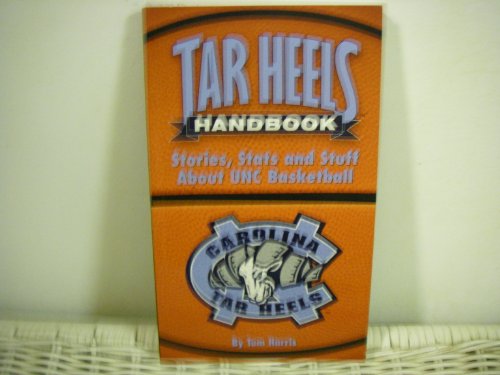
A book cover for Tar Heels handbook: Stories, stats, and stuff about UNC basketball; Tom Harris; Sports & Outdoors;